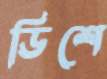
ডিশে